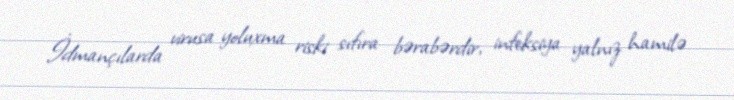
İdmançılarda virusa yoluxma riski sıfıra bərabərdir, infeksiya yalnız hamilə